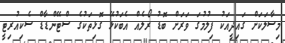
މިސާލަކަށް ގައިދީއަކު ފިލުމުގަ ވަރަށް ބޮޑު ރޯލެއް އެބަކުޅޭ ގޮޅިތަކުގެ ސްޓޭންޑާޑް ސެކިއުރިޓީ